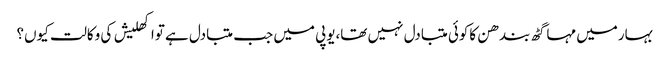
بہارمیں مہاگٹھ بندھن کاکوئی متبادل نہیں تھا،یوپی میں جب متبادل ہے تواکھلیش کی وکالت کیوں؟